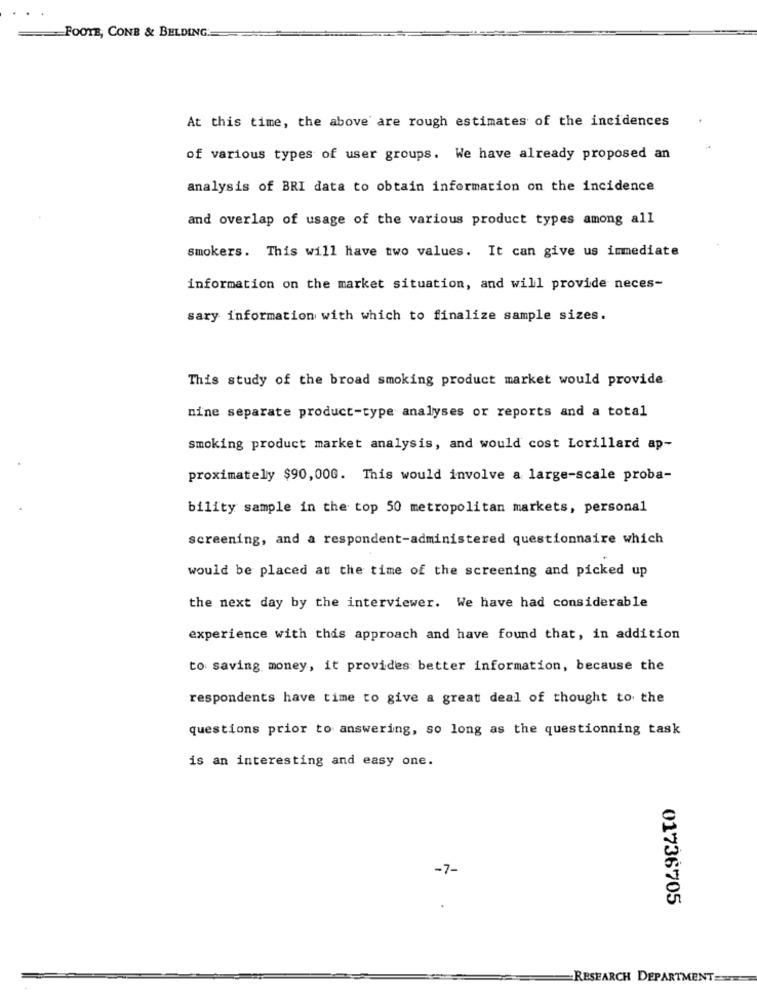
-FOOTE, CONB & BELDING.
At this time, the above are rough estimates of the incidences
of various types of user groups. We have already proposed an
analysis of BRI data to obtain information on the incidence
and overlap of usage of the various product types among all
smokers. This will have two values. It can give us immediate
information on the market situation, and will provide neces-
sary information with which to finalize sample sizes.
This study of the broad smoking product market would provide
nine separate product-type analyses or reports and a total
smoking product market analysis, and would cost Lorillard ap-
proximately $90,000. This would involve a large-scale proba-
bility sample in the top 50 metropolitan markets, personal
screening, and a respondent-administered questionnaire which
would be placed at the time of the screening and picked up
the next day by the interviewer. We have had considerable
experience with this approach and have found that, in addition
to saving money, it provides better information, because the
respondents have time to give a great deal of thought to the
questions prior to answering, so long as the questionning task
is an interesting and easy one.
-7-
01736705
RESEARCH DEPARTMENT